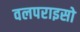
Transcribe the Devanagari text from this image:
वलपराइसो